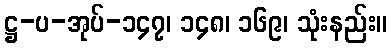
ဋ္ဌ-ပ-အုပ်-၁၄၇၊ ၁၄၈၊ ၁၆၉၊ သုံးနည်း။